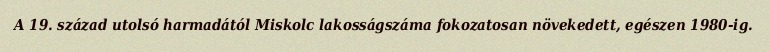
A 19. század utolsó harmadától Miskolc lakosságszáma fokozatosan növekedett, egészen 1980-ig.